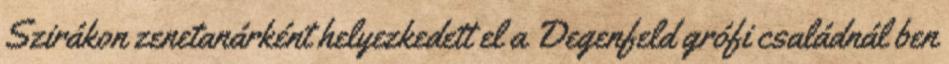
Szirákon zenetanárként helyezkedett el a Degenfeld grófi családnál ben